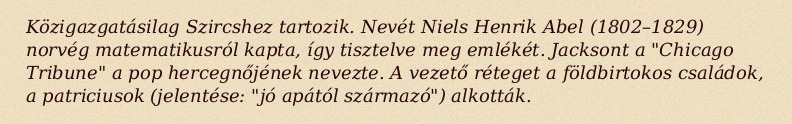
Közigazgatásilag Szircshez tartozik. Nevét Niels Henrik Abel (1802–1829) norvég matematikusról kapta, így tisztelve meg emlékét. Jacksont a "Chicago Tribune" a pop hercegnőjének nevezte. A vezető réteget a földbirtokos családok, a patriciusok (jelentése: "jó apától származó") alkották.